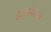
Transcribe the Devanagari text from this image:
दशग्रंथांसह